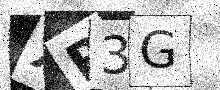
Text: XR3G